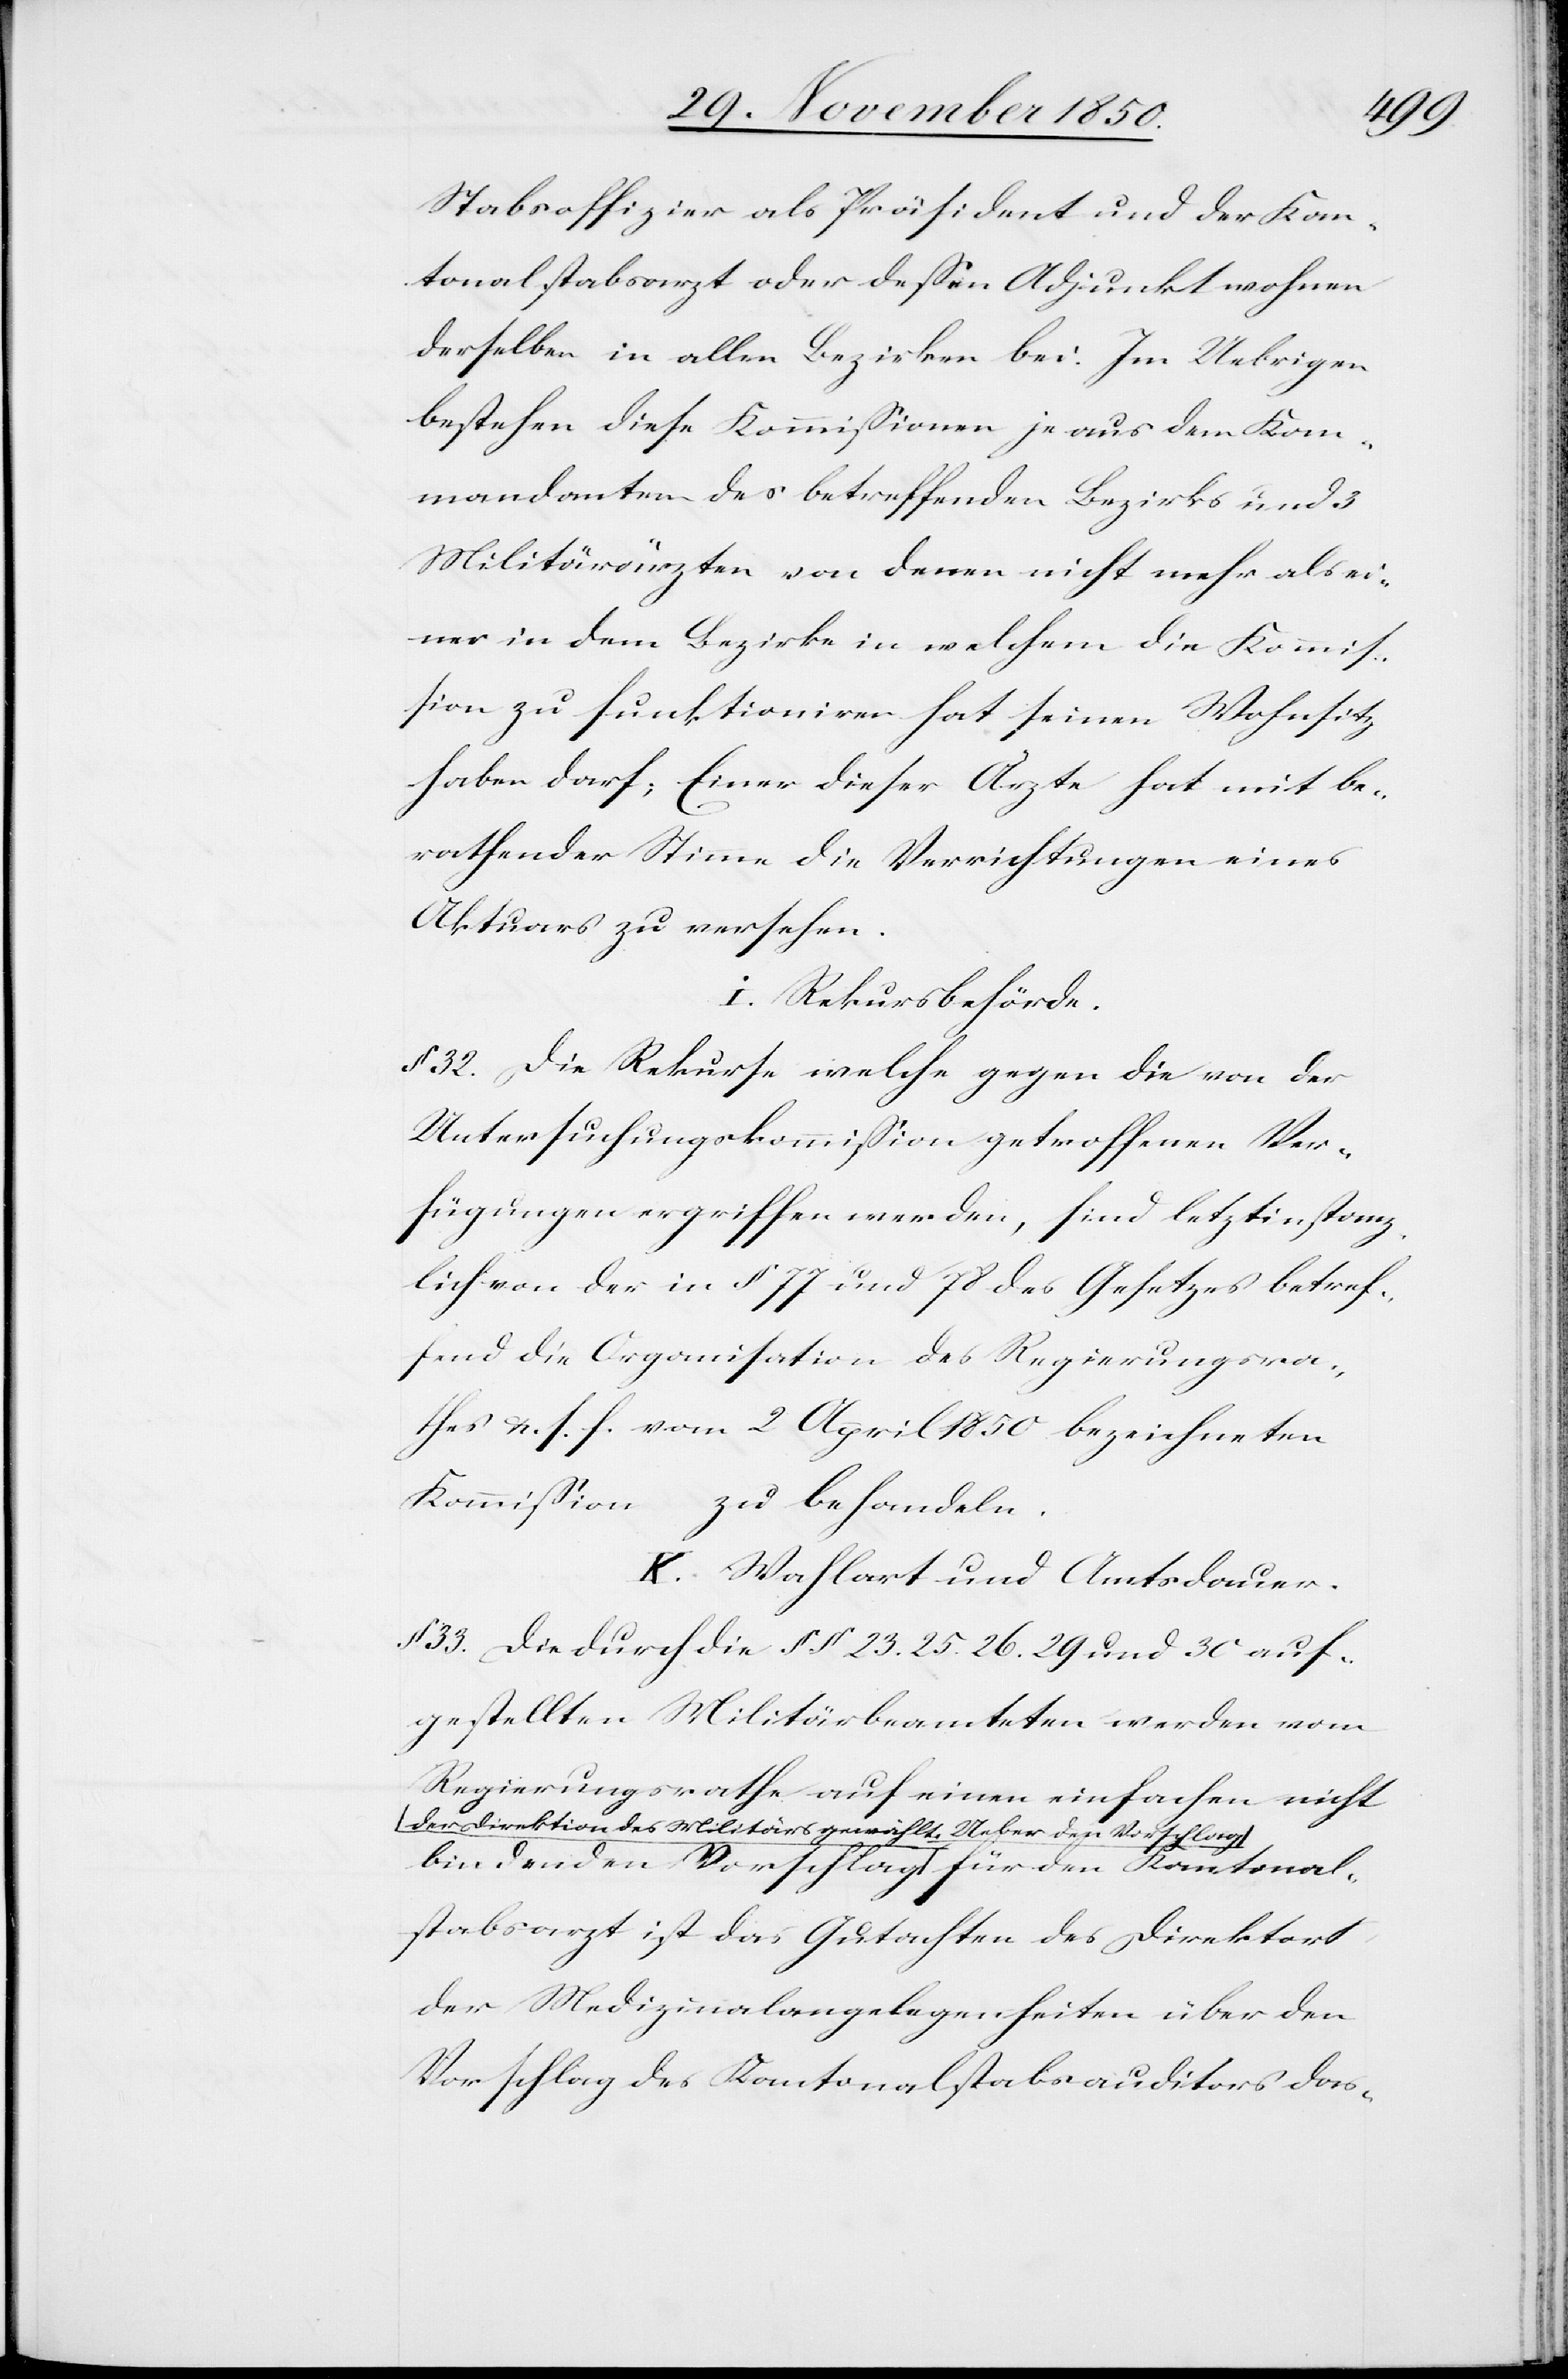
Stabsoffizier als Präsident und der Kan¬
tonalstabsarzt oder dessen Adjunkt wohnen
derselben in allen Bezirken bei. Im Uebrigen
bestehen diese Kommissionen je aus dem Kom¬
mandanten des betreffenden Bezirks und 3
Militärärzten von denen nicht mehr als ei¬
ner in dem Bezirke in welchem die Kommis¬
sion zu funktioniren hat seinen Wohnsitz
haben darf; Einer dieser Ärzte hat mit be¬
rathender Stimme die Verrichtungen eines
Aktuars zu versehen.
I. Rekursbehörde.
§ 32. Die Rekurse welche gegen die von der
Untersuchngskommission getroffenen Ver¬
fügungen ergriffen werden, sind letztinstanz¬
lich von der in § 77 und 78 des Gesetzes betref¬
fend die Organisation des Regierungsra¬
thes u. s. f. vom 2 April 1850 bezeichneten
Kommisson zu behandeln.
K. Wahlart und Amtsdauer.
§ 33. Die durch die § § 23. 25. 26. 29 und 30 auf¬
gestellten Militärbeamteten werden vom
Regierungsrathe auf einen einfachen nicht
der Direktion des Militärs gewählt. Ueber den Vorschlag
stabsarzt ist das Gutachten des Direktors
der Medizinalangelegenheiten über den
Vorschlag des Kantonalstabsauditors das-

Kantonal¬